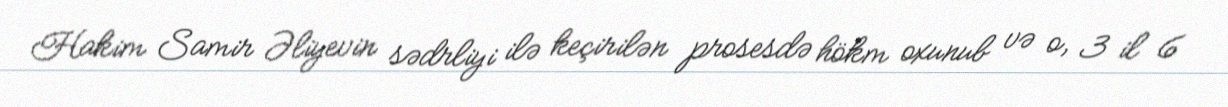
Hakim Samir Əliyevin sədrliyi ilə keçirilən prosesdə hökm oxunub və o, 3 il 6